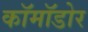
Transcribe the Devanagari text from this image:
कॉमॉडोर